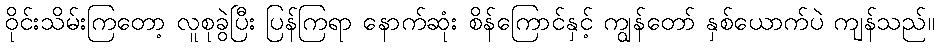
ဝိုင်းသိမ်းကြတော့ လူစုခွဲပြီး ပြန်ကြရာ နောက်ဆုံး စိန်ကြောင်နှင့် ကျွန်တော် နှစ်ယောက်ပဲ ကျန်သည်။